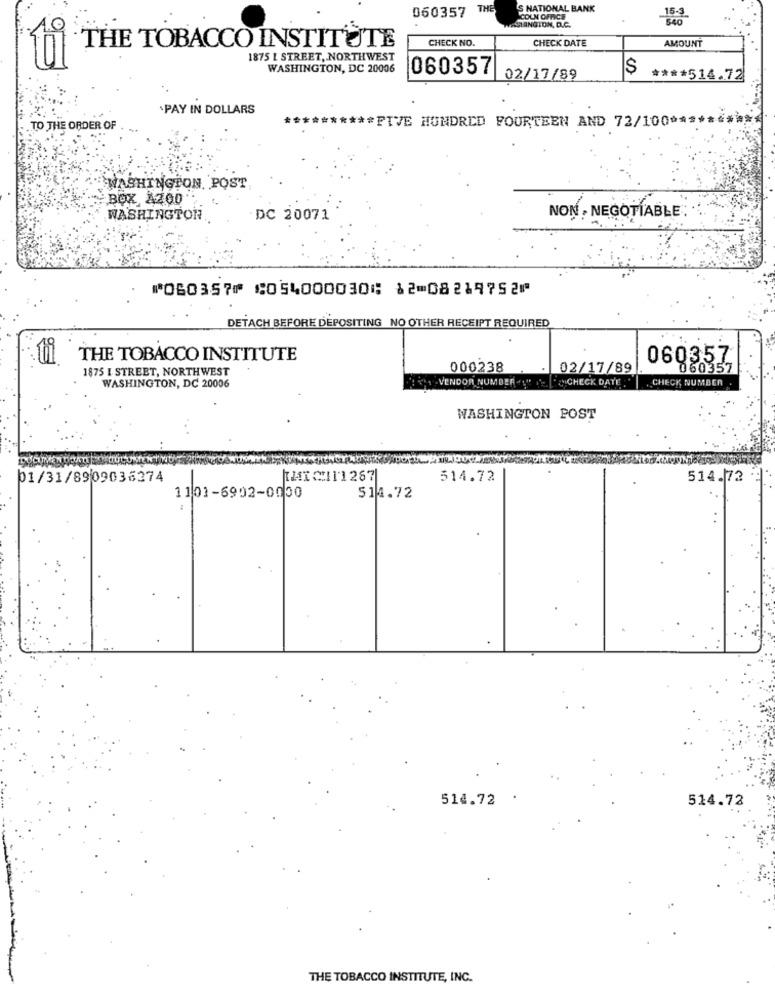
060357
THE
S NATIONAL BANK
COLN OFFICE
15-3
STANGTON, D.C.
CHECK NO.
CHECK DATE
THE TOBACCO INSTITUTE
AMOUNT
1875 L STREET, NORTHWEST
WASHINGTON, DC 20006
060357
02/17/89
**** 514.72
`PAY IN DOLLARS
.TO THE ORDER OF
********** FIVE HUNDRED FOURTEEN AND 72/100 *****
WASHINGTON POST
BOX A200".
WASHINGTON.
DC 20071
NON , NEGOTIABLE
⑈060357⑈ ⑆054000030⑆ 12⑉08219752⑈
DETACH BEFORE DEPOSITING NO OTHER RECEIPT REQUIRED
ti
THE TOBACCO INSTITUTE
060357
1875 I STREET, NORTHWEST
000238
02/17/89
060357
: . VENDOR NUMBER """ "CHECK DATE
CHECK NUMBER .
WASHINGTON, DC 20006
WASHINGTON POST
01/31/8909036274
THIC111267
514.72
514.72
1101-6902-0000
514.72
514.72
514.72
THE TOBACCO INSTITUTE, INC.